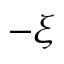
- \xi